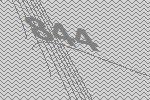
844